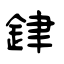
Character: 銉